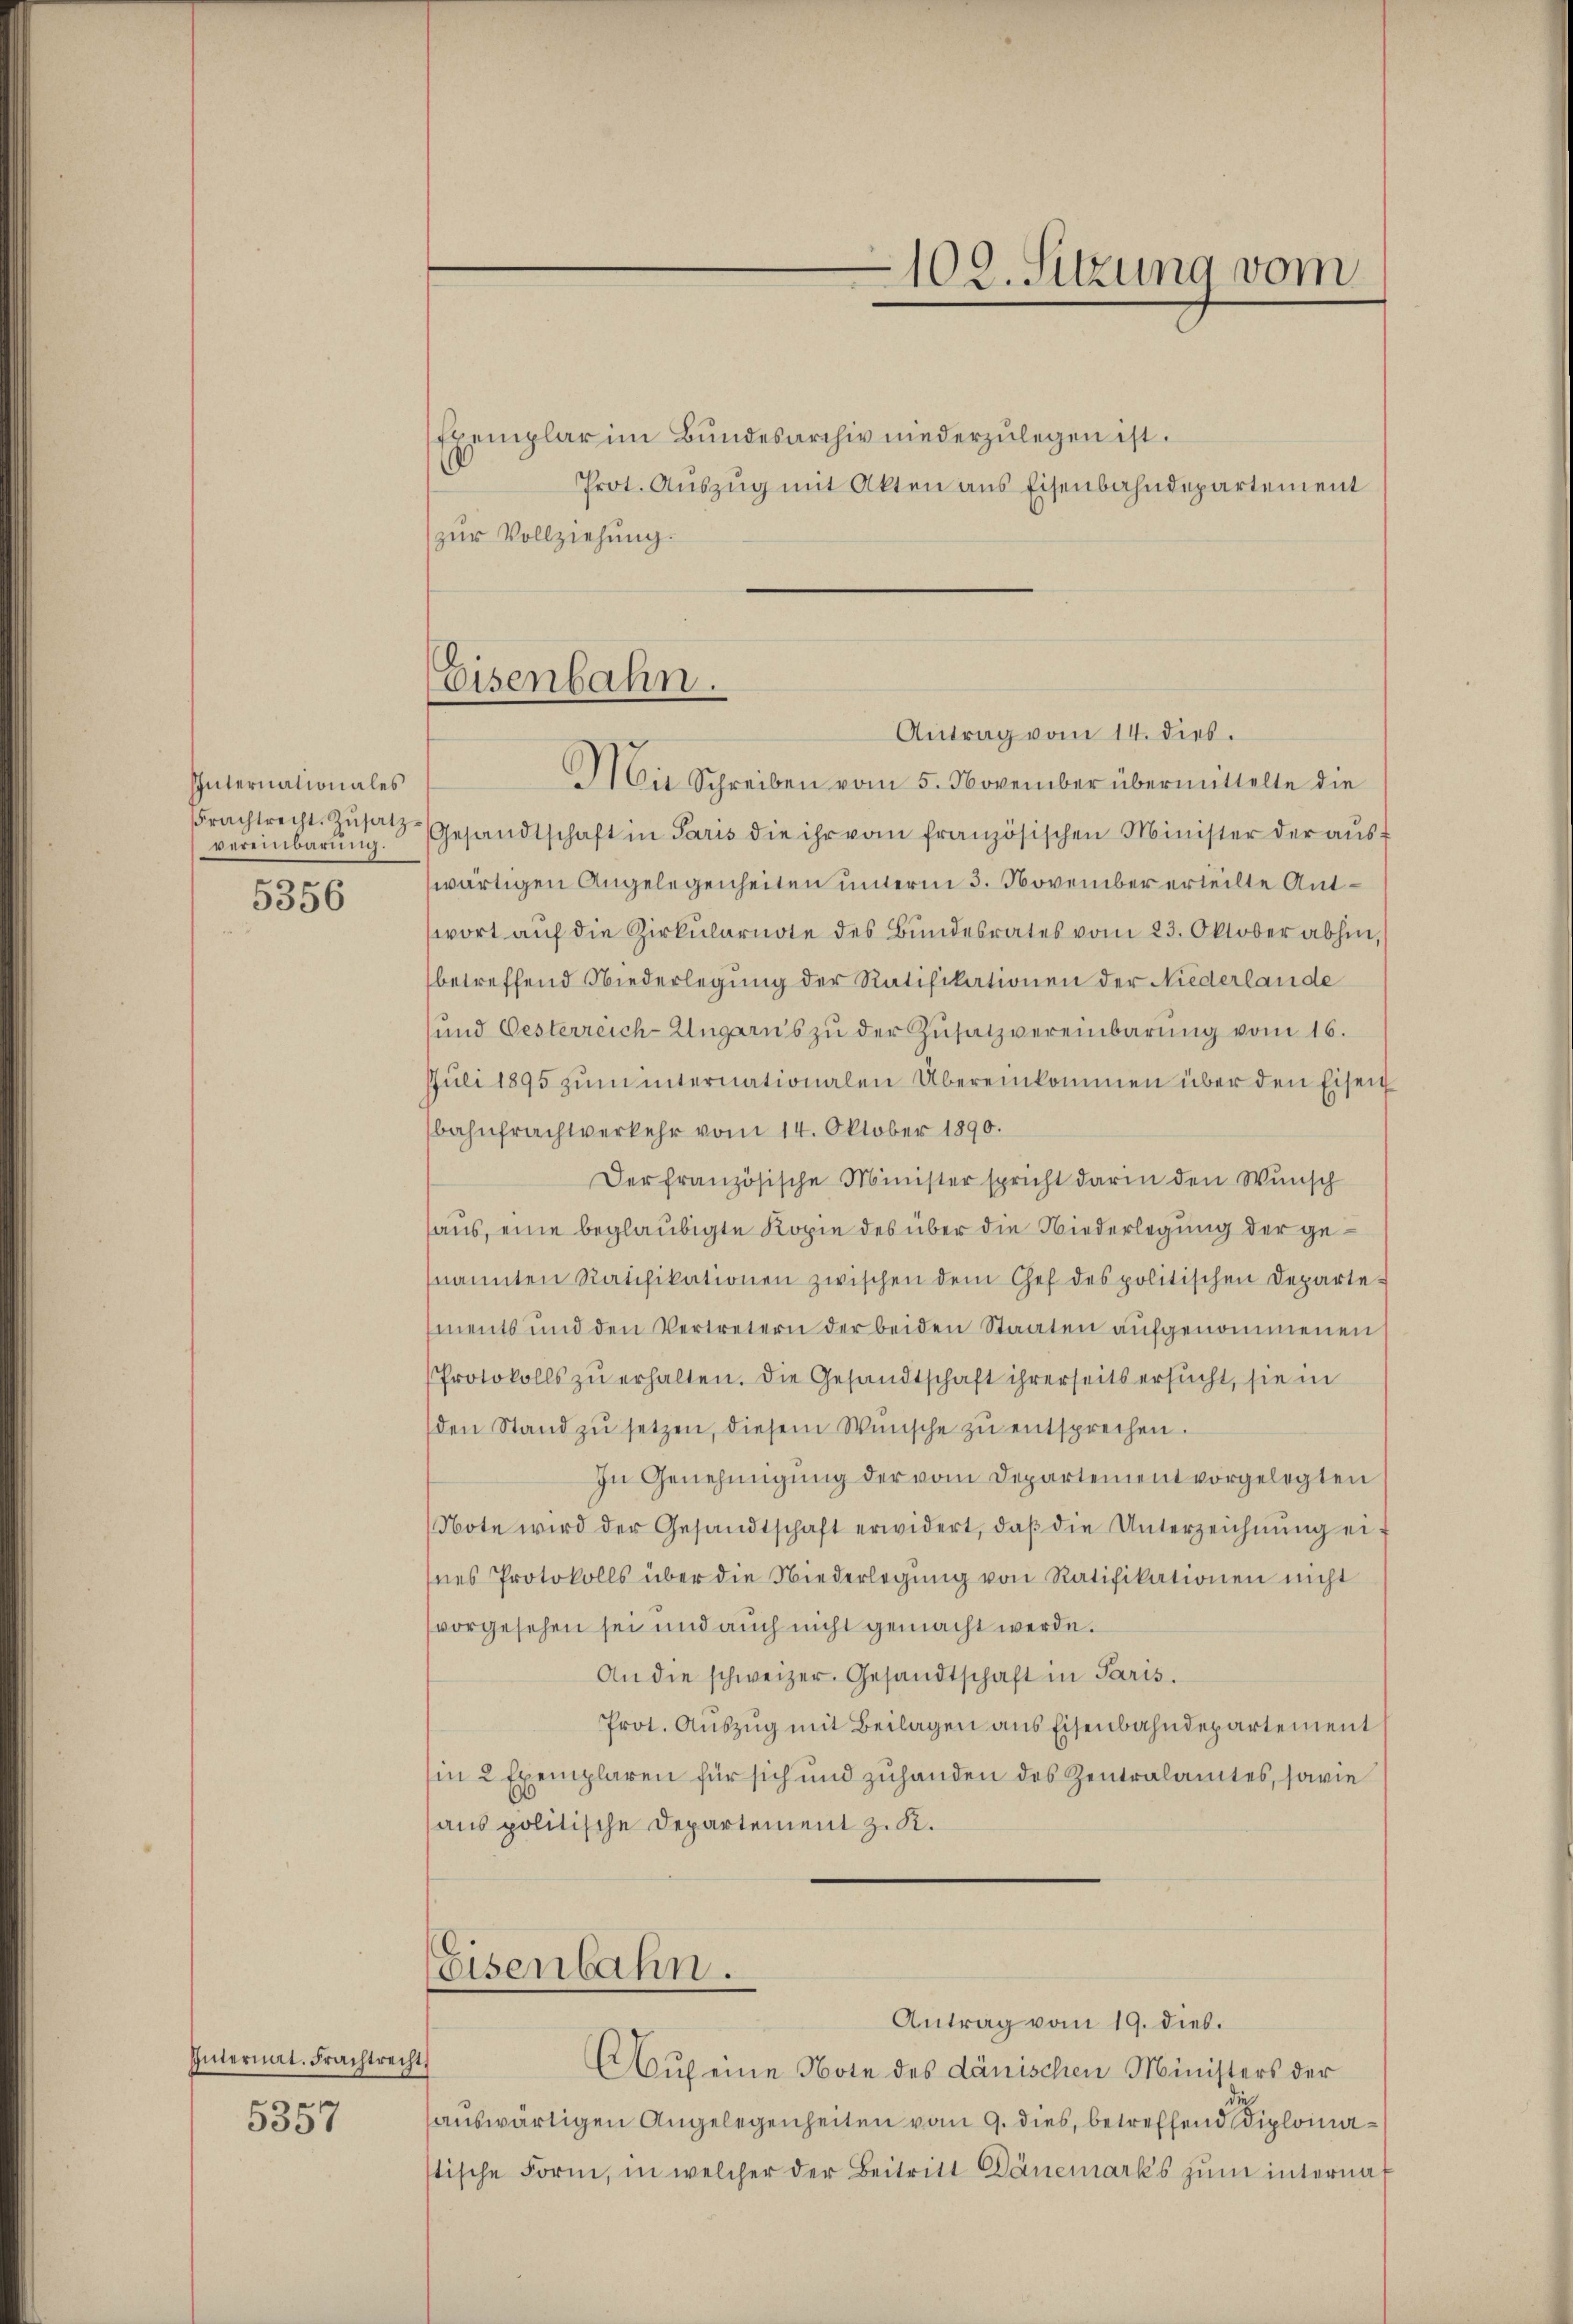
Internationales
Frachtrecht Zŭsatzvereinbarung.
5356

Internat. Frachtrecht
5357

Eisenbahn.

102. Sitzung vom

Exemplar im Bundesarchiv niederzulegen ist.
Prot. Auszug mit Akten aus Eisenbahndepartement
zur Vollziehung.

Antrag vom 14. dies.
Mit Schreiben vom 5. November übermittelte die
Gesandtschaft in Paris die ihr vom französischen Minister der aŭs-
wärtigen Angelegenheiten unterm 3. November erteilte Antwort aŭf die Zirkŭlarnote des Bŭndesrates vom 23. Oktober abhin,
betreffend Niederlegung der Ratifikationen der Niederlande
sund Oesterreich-Ungarus zu der Zusatzvereinbarung vom 16.
Juli 1895 zŭm internationalen Übereinkommen über den Eisen
bahnfrachtverkehr vom 14. Oktober 1890.
Der französische Minister spricht darin den Wunsch
haus, eine beglaubigte Kopie des über die Niederlegung der genannten Ratifikationen zwischen dem Chef des politischen Departe-
ments und den Vertretern der beiden Staaten aufgenommenen
Protokolls zu erhalten. Die Gesandtschaft ihrerseits ersucht, sie in
den Stand zŭ setzen, diesem Wünsche zŭ entsprechen.
In Genehmigung der vom Departement vorgelegten
Note wird der Gesandtschaft erwidert, daβ die Unterzeichnŭng ei
nes Protokolls über die Niederlegŭng von Ratifikationen nicht
vorgesehen sei und auch nicht gemacht werde.
An die schweizer. Gesandtschaft in Paris.
Prot. Auszug mit Beilagen aus Eisenbahndepartement
in 2 Exemplaren für sich und zuhanden des Zentralamtes, sowie
aus politische Departement z. K.
Eisenbahn.
Antrag vom 19. dies.
Auf eine Note des dänischen Ministers der
sauswärtigen Angelegenheiten vom 9. dies, betreffend Diplomastische Form, in welcher der Beitritt Dänemarks zum interna¬